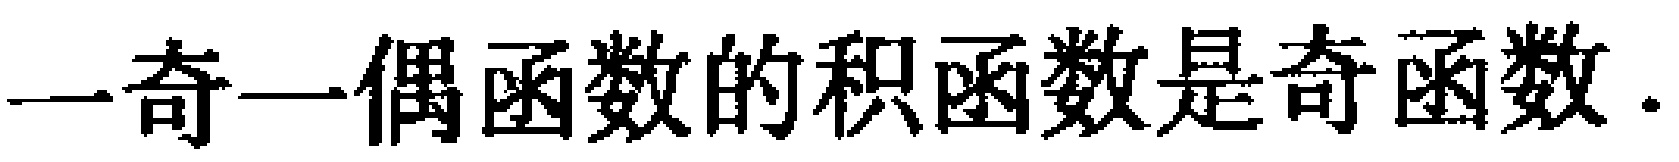
一奇一偶函数的积函数是奇函数.